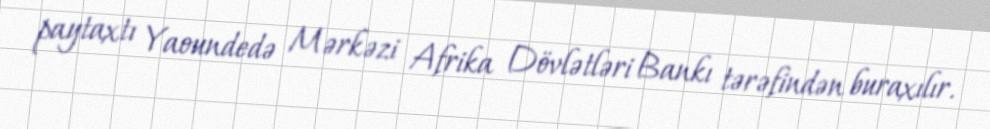
paytaxtı Yaoundedə Mərkəzi Afrika Dövlətləri Bankı tərəfindən buraxılır.